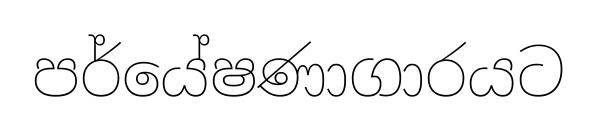
පර්යේෂණාගාරයට